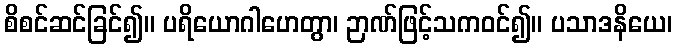
စိစင်ဆင်ခြင်၍။ ပရိယောဂါဟေတွာ၊ ဉာဏ်ဖြင့်သကဝင်၍။ ပသာဒနိယေ၊